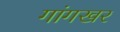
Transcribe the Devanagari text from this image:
गांगखर